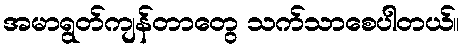
အမာရွတ်ကျန်တာတွေ သက်သာစေပါတယ်။